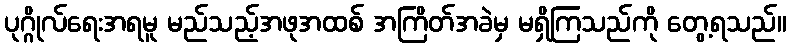
ပုဂ္ဂိုလ်ရေးအရမူ မည်သည့်အဖုအထစ် အကြိတ်အခဲမှ မရှိကြသည်ကို တွေ့ရသည်။